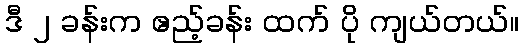
ဒီ ၂ ခန်းက ဧည့်ခန်း ထက် ပို ကျယ်တယ်။